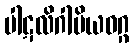
ပါဋလိဂါမိယဝဂ္ဂ